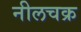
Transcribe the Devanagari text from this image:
नीलचक्र